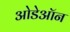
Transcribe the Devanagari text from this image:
ओडेऑन